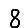
Digit: 8